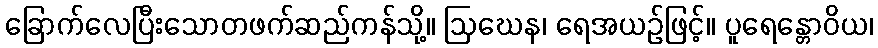
ခြောက်လေပြီးသောတဖက်ဆည်ကန်သို့။ ဩဃေန၊ ရေအယဉ်ဖြင့်။ ပူရေန္တောဝိယ၊